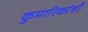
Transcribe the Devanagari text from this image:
कुमारिकांशी